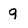
Character: g